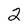
Character: 2